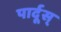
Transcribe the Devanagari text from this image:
पार्दूस्